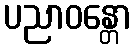
ပညာဝန္တော